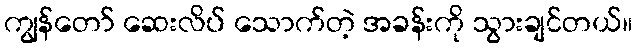
ကျွန်တော် ဆေးလိပ် သောက်တဲ့ အခန်းကို သွားချင်တယ်။